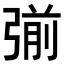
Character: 𭚿